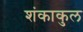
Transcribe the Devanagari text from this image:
शंकाकुल